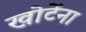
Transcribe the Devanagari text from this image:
खोटेंना